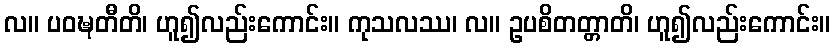
လ။ ပဝဍ္ဎတီတိ၊ ဟူ၍လည်းကောင်း။ ကုသလဿ၊ လ။ ဥပစိတတ္တာတိ၊ ဟူ၍လည်းကောင်း။